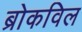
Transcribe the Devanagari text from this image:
ब्रोकविल